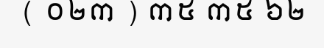
( ០២៣ ) ៣៥ ៣៥ ៦២